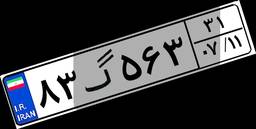
۸۳گ۵۶۳۳۱